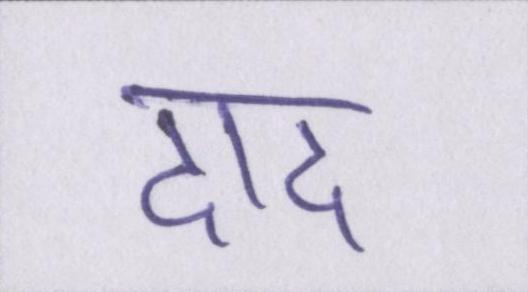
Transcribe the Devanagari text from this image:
दाद